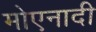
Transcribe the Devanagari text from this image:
मोएनादी